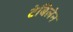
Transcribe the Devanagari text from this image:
टेबिलेन